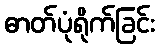
ဓာတ်ပုံရိုက်ခြင်း